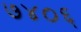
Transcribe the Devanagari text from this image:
७४०६